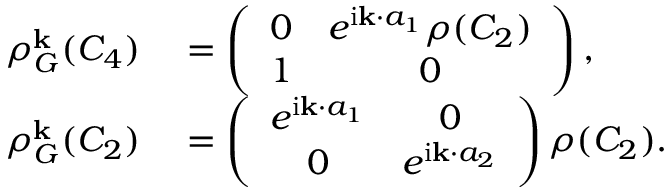
\begin{array} { r l } { \rho _ { G } ^ { \bf k } ( C _ { 4 } ) } & { { } = \left( \begin{array} { c c } { 0 } & { e ^ { \mathrm { i } { \bf k } \cdot { a } _ { 1 } } \rho ( C _ { 2 } ) } \\ { 1 } & { 0 } \end{array} \right) , } \\ { \rho _ { G } ^ { \bf k } ( C _ { 2 } ) } & { { } = \left( \begin{array} { c c } { e ^ { \mathrm { i } { \bf k } \cdot { a } _ { 1 } } } & { 0 } \\ { 0 } & { e ^ { \mathrm { i } { \bf k } \cdot { a } _ { 2 } } } \end{array} \right) \rho ( C _ { 2 } ) . } \end{array}